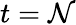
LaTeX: t=\mathcal{N}